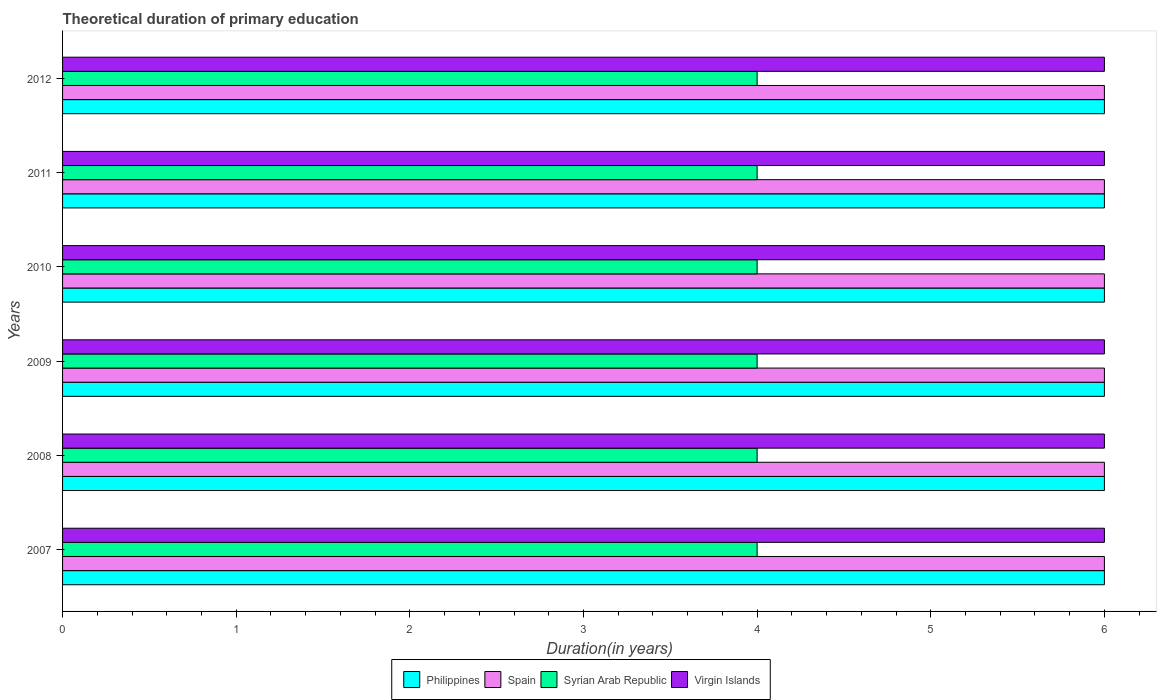
| Years | Philippines | Spain | Syrian Arab Republic | Virgin Islands |
 | --- | --- | --- | --- | --- |
 | 2007 | 6 | 6 | 4 | 6 |
 | 2008 | 6 | 6 | 4 | 6 |
 | 2009 | 6 | 6 | 4 | 6 |
 | 2010 | 6 | 6 | 4 | 6 |
 | 2011 | 6 | 6 | 4 | 6 |
 | 2012 | 6 | 6 | 4 | 6 |